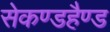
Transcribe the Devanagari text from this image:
सेकण्डहैण्ड